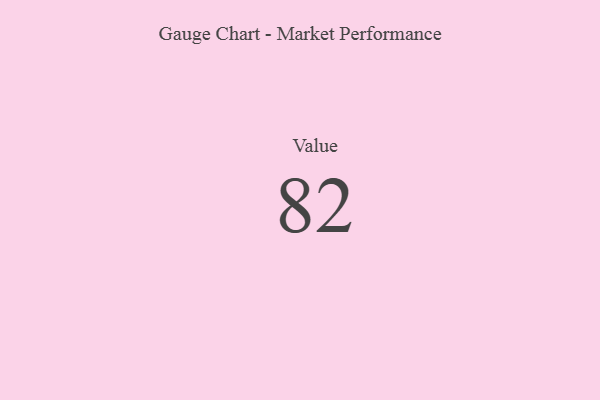
{"axis": {"x": "Metric", "y": "Value"}, "legend": [""], "data": [{"x": "Value", "y": 82, "type": ""}]}